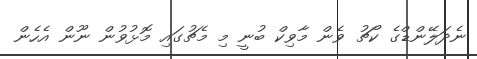
ނެދަލޭންޑްގެ ކޯޗު ވެން މާވިކް ބުނީ މި މެޗުގައި މޮޅުވުން ނޫން އެހެން